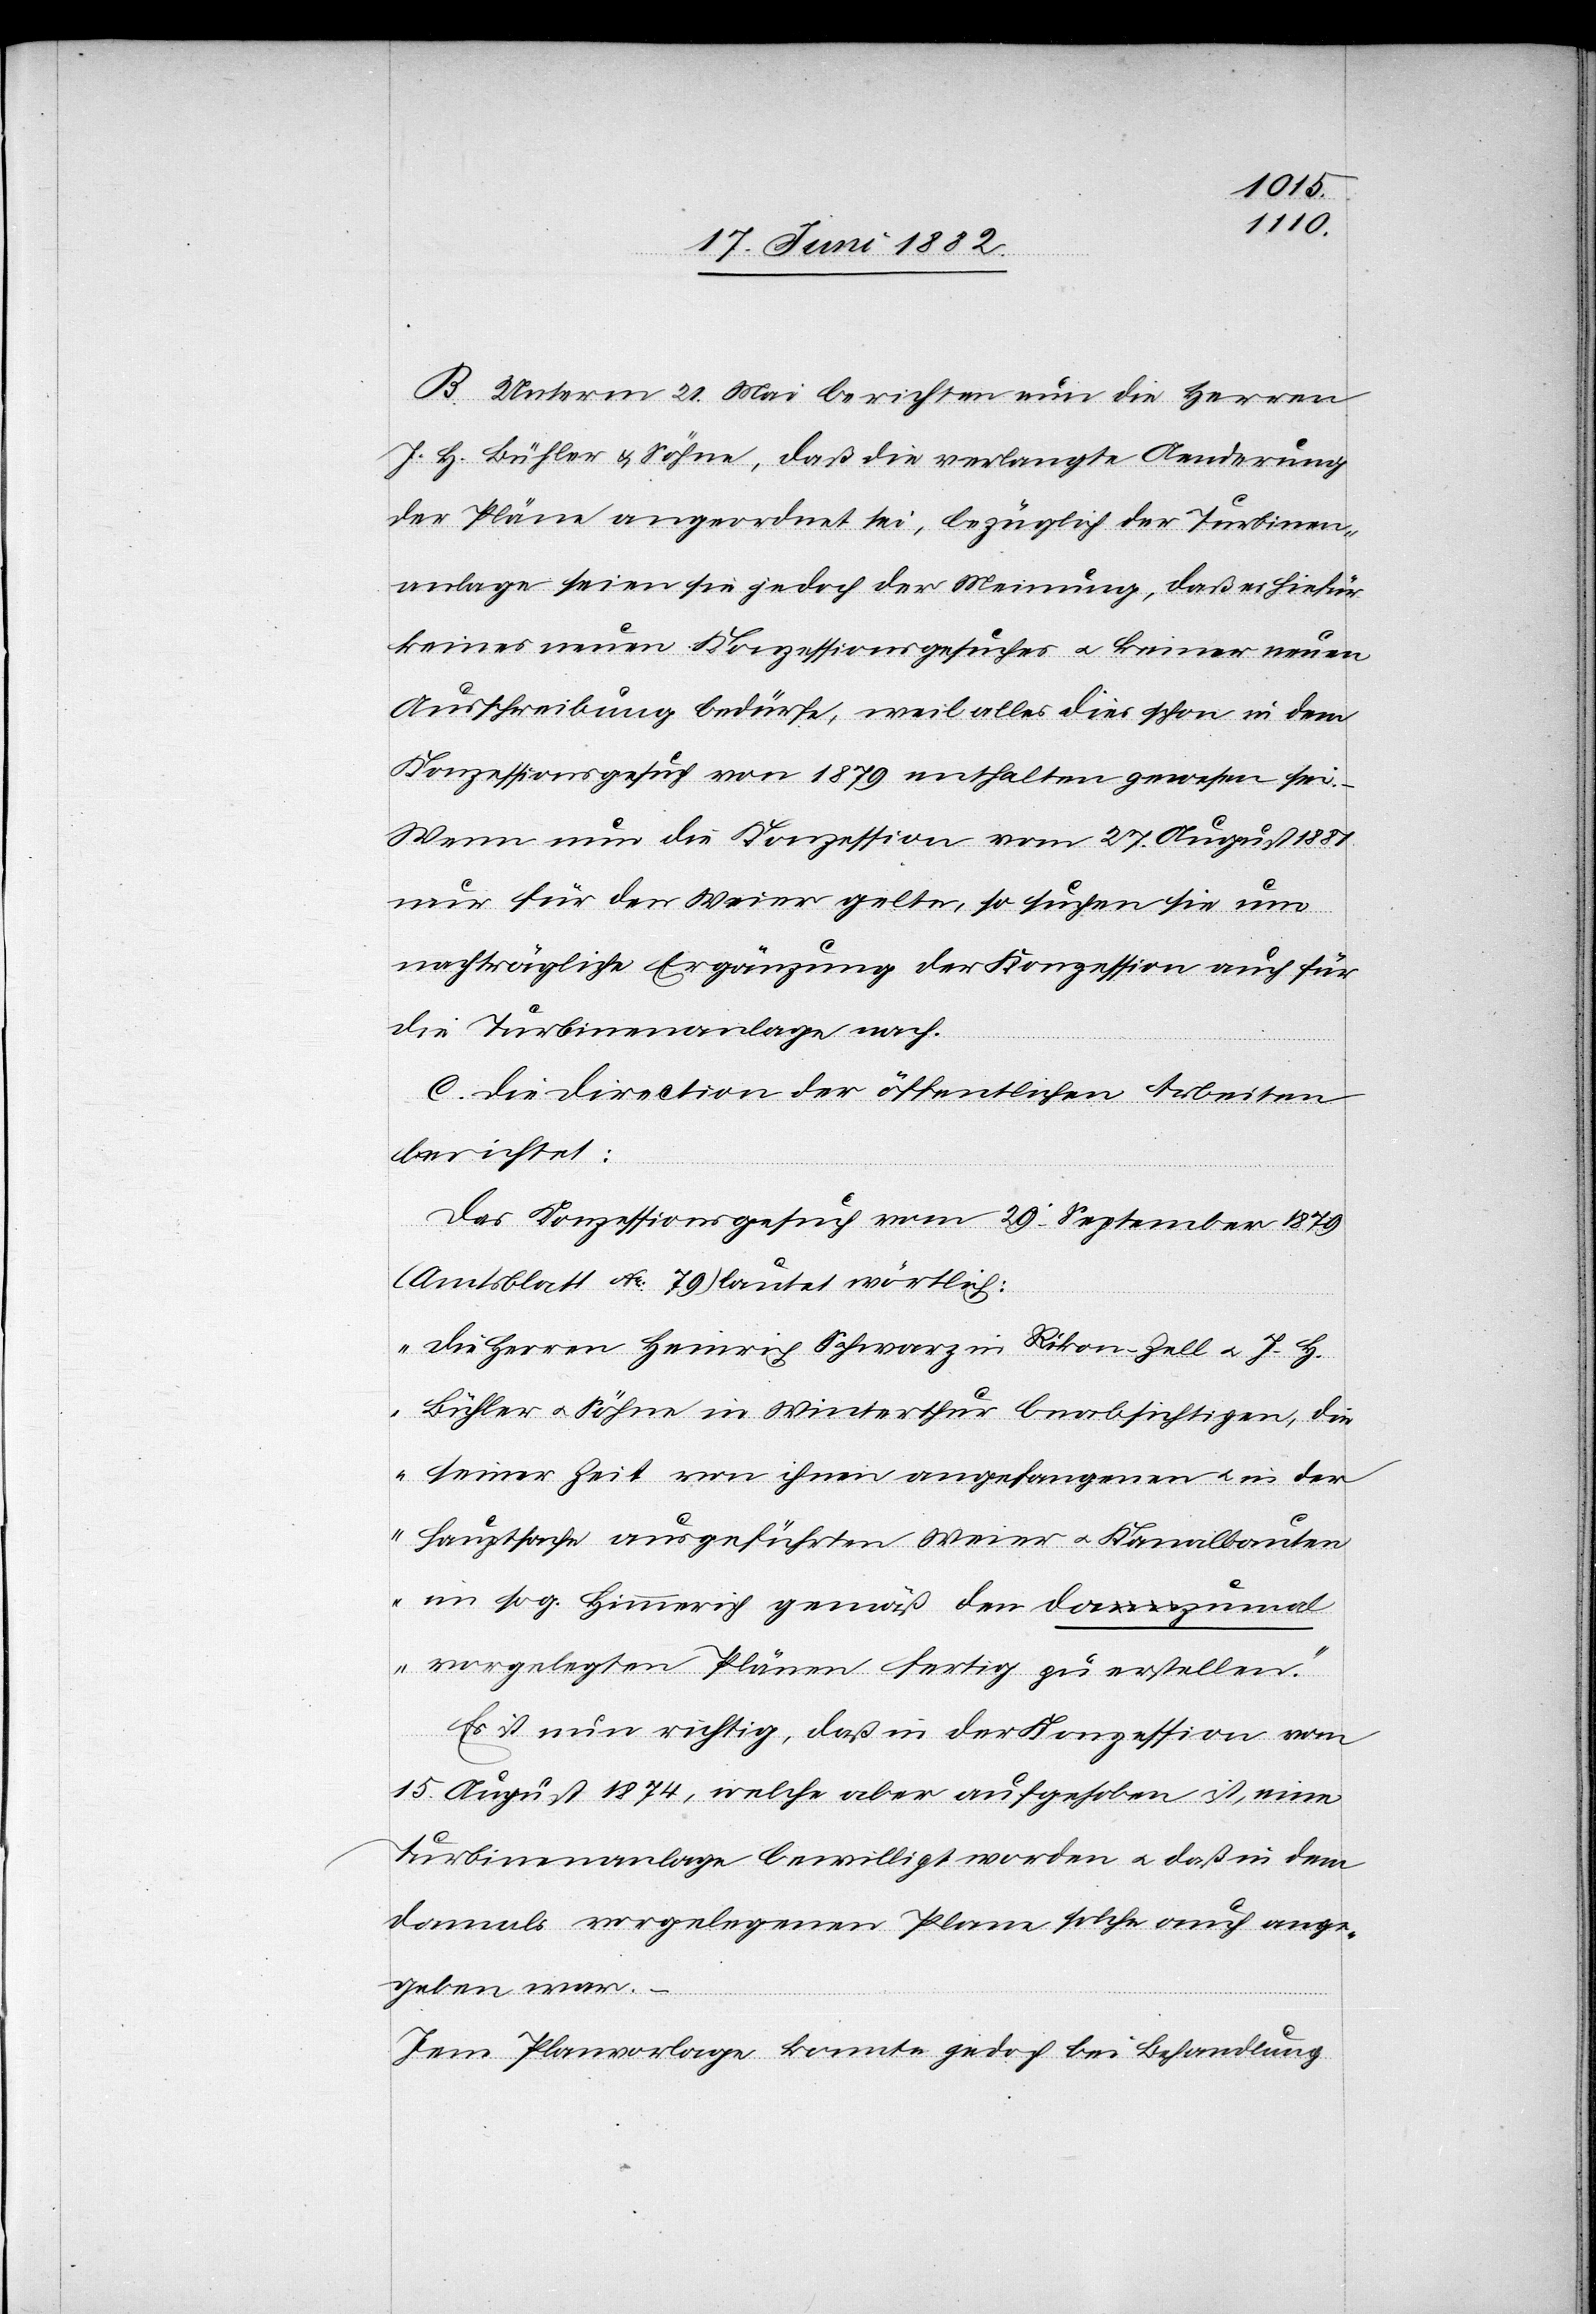
B. Unterm 21. Mai berichten nun die Herren
J. H. Bühler & Söhne, daß die verlangte Aenderung
der Pläne angeordnet sei, bezüglich der Turbinen¬
anlage seien sie jedoch der Meinung, daß es hiefür
keines neuen Konzessionsgesuches u. keiner neuen
Ausschreibung bedürfe, weil alles dies schon in dem
Konzessionsgesuch von 1879 enthalten gewesen sei.
Wenn nun die Konzession vom 27. August 1881
nur für den Weier gelte, so suchen sie um
nachträgliche Ergänzung der Konzession auch für
die Turbinenanlage nach.
C. Die Direction der öffentlichen Arbeiten
berichtet:
Das Konzessionsgesuch vom 29. September 1879
(Amtsblatt No 79) lautet wörtlich:
„Die Herren Heinrich Schwarz in Rikon [sic!] - Zell u. J. H.
Bühler u. Söhne in Winterthur beabsichtigen, die
seiner zeit von ihnen angefangenen u. in der
Hauptsache ausgeführten Weier u. Kanalbauten
im sog. Himmerich gemäß den dazumal
vorgelegten Plänen fertig zu stellen.“
Es ist nun richtig, daß in der Konzession vom
15. August 1874, welche aber aufgehoben ist, eine
Turbinenanlage bewilligt worden u. daß in dem
damals vorgelegten Plane solche auch ange¬
geben war.
–
Jene Planvorlage konnte jedoch bei Behandlung